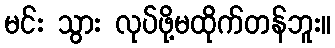
မင်း သွား လုပ်ဖို့မထိုက်တန်ဘူး။